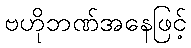
ဗဟိုဘဏ်အနေဖြင့်